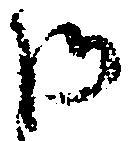
御